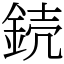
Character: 𨧣